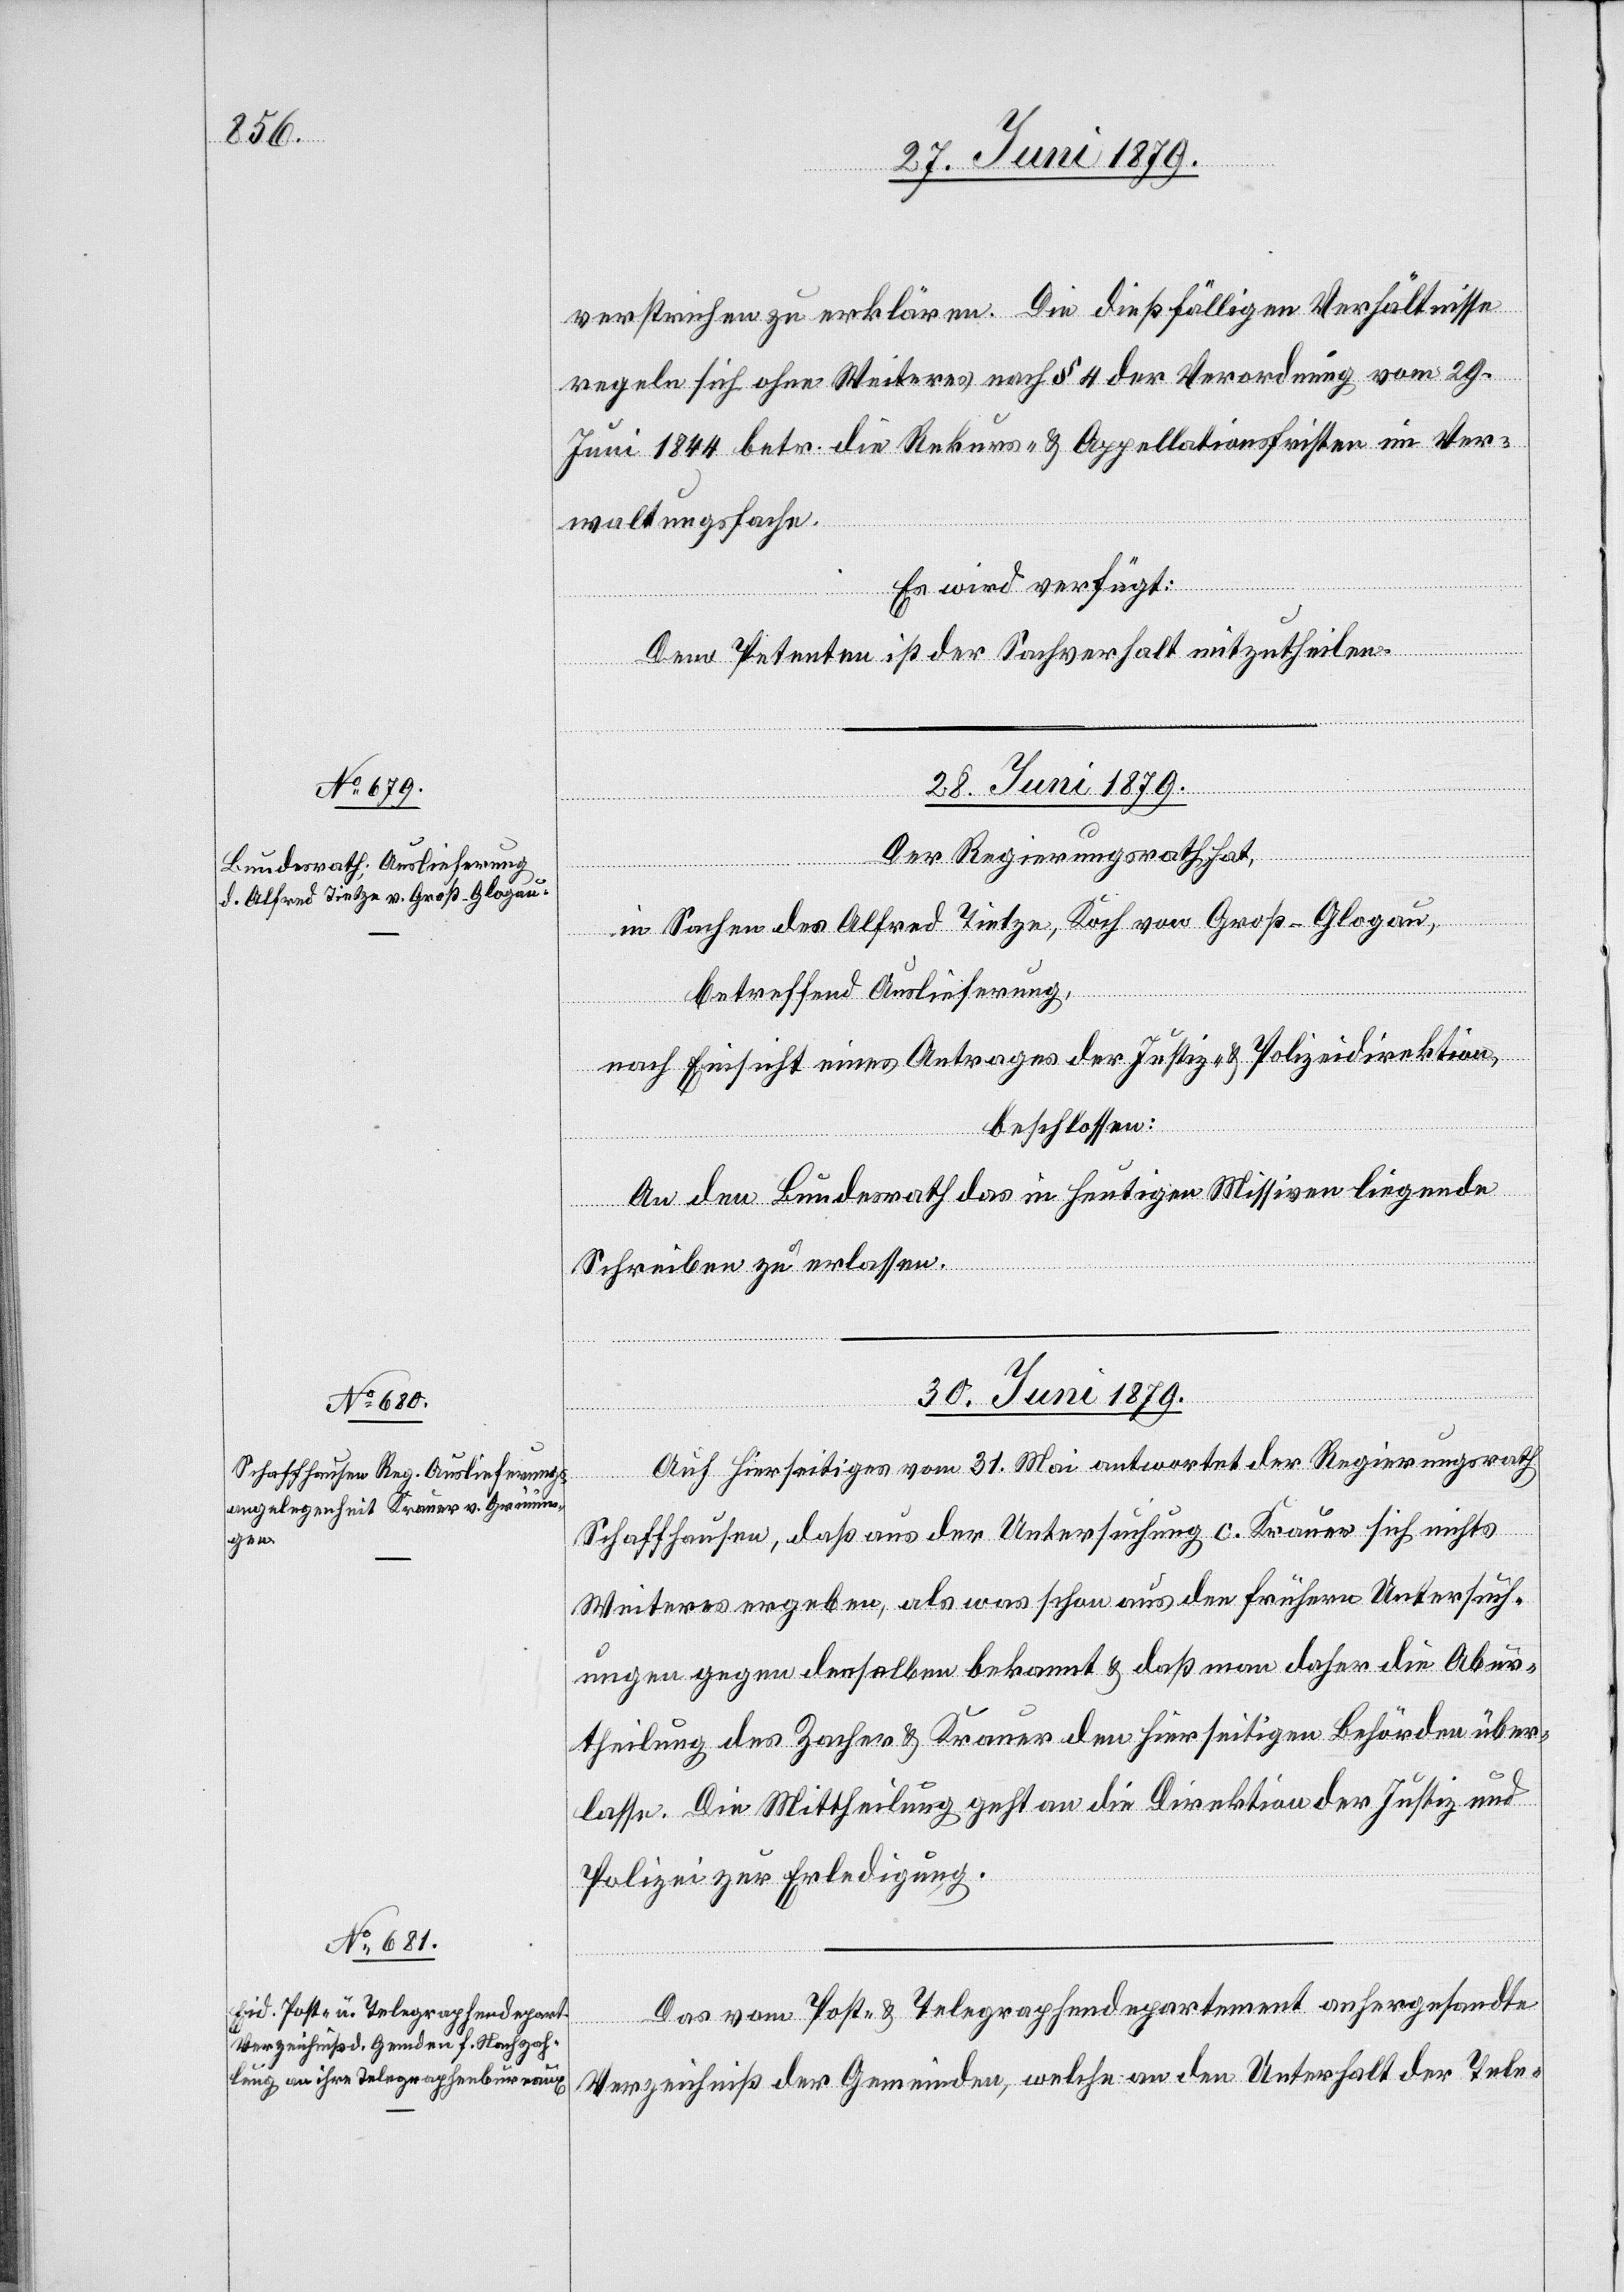
verstrichen zu erklären. Die dießfälligen Verhältnisse
regeln sich ohne Weiteres nach § 4 der Verordnung vom 29.
Juni 1844 betr. die Rekurs- & Appellationsfristen im Ver¬
waltungsfache.
Es wird verfügt:
Dem Petenten ist der Sachverhalt mitzutheilen.
28. Juni 1879.
Der Regierungsrath hat,
in Sachen des Alfred Tietze, Koch von Groß-Glogau,
betreffend Auslieferung,
nach Einsicht eines Antrages der Justiz- & Polizeidirektion,
beschlossen:
An den Bundesrath das in heutigen Missiven liegende
Schreiben zu erlassen.
30. Juni 1879.]
Auf Hierseitiges vom 31. Mai antwortet der Regierungsrath
Schaffhausen, daß aus der Untersuchung c. Krauer sich nichts
Weiteres ergeben, als was schon aus den frühern Untersuch¬
ungen gegen denselben bekannt & daß man daher die Abur¬
theilung des Zacher & Krauer den hierseitigen Behörden über¬
lasse. Die Mittheilung geht an die Direktion der Justiz und
Polizei zur Erledigung.
Das vom Post- & Telegraphendepartement anhergesandte
Verzeichniß der Gemeinden, welche an den Unterhalt der Tele-